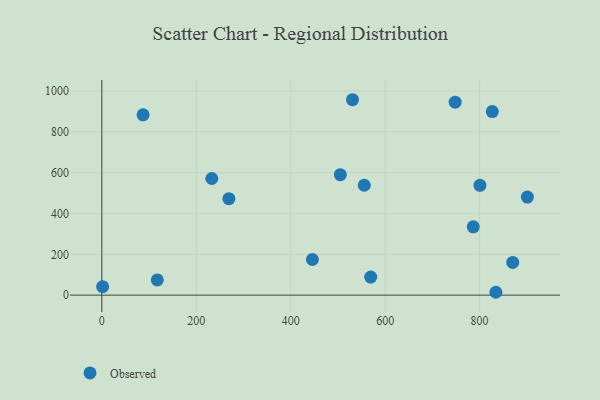
{"axis": {"x": "Investment", "y": "Exam Score"}, "legend": ["Observed"], "data": [{"x": "800.8", "y": 538.0, "type": "Observed"}, {"x": "748.3", "y": 945.1, "type": "Observed"}, {"x": "445.9", "y": 174.6, "type": "Observed"}, {"x": "87.4", "y": 883.2, "type": "Observed"}, {"x": "569.4", "y": 88.4, "type": "Observed"}, {"x": "826.9", "y": 899.3, "type": "Observed"}, {"x": "530.9", "y": 957.2, "type": "Observed"}, {"x": "505.1", "y": 590.2, "type": "Observed"}, {"x": "870.2", "y": 160.1, "type": "Observed"}, {"x": "786.6", "y": 334.5, "type": "Observed"}, {"x": "1.7", "y": 41.3, "type": "Observed"}, {"x": "555.8", "y": 538.2, "type": "Observed"}, {"x": "117.5", "y": 74.3, "type": "Observed"}, {"x": "901.2", "y": 480.3, "type": "Observed"}, {"x": "232.9", "y": 571.3, "type": "Observed"}, {"x": "834.5", "y": 14.0, "type": "Observed"}, {"x": "269.1", "y": 472.5, "type": "Observed"}]}